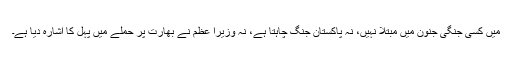
میں کسی جنگی جنون میں مبتلا نہیں، نہ پاکستان جنگ چاہتا ہے، نہ وزیرا عظم نے بھارت پر حملے میں پہل کا اشارہ دیا ہے۔